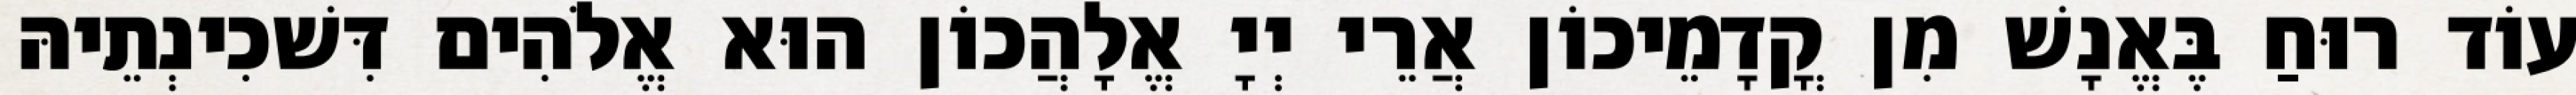
עוֹד רוּחַ בֶּאֱנָשׁ מִן קֳדָמֵיכוֹן אֲרֵי יְיָ אֱלָהֲכוֹן הוּא אֱלֹהִים דִּשׁכִינְתֵיהּ